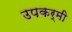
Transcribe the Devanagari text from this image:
उपकर्मी